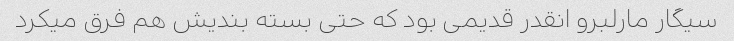
سیگار مارلبرو انقدر قدیمی بود که حتی بسته بندیش هم فرق میکرد